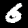
Label: 6